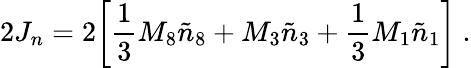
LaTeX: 2J_{n}=2\biggl[{\frac{1}{3}}M_{8}{\tilde{n}}_{8}+M_{3}{\tilde{n}}_{3}+{\frac{1}{3}}M_{1}{\tilde{n}}_{1}\biggr]\ .